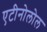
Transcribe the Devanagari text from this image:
एटीनोलोल